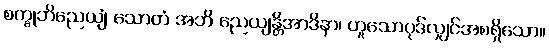
စက္ခုဘိညေယျံ သောတံ အဘိ ညေယျန္တိအာဒိနာ၊ ဟူသောပုဒ်လျှင်အစရှိသော။